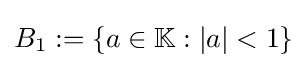
B_{1}:=\{a\in \mathbb {K} :|a|<1\}